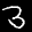
Label: 3